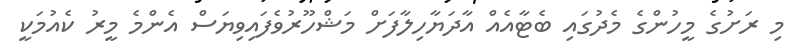
މި ރަށުގެ މީހުންގެ މެދުގައި ބެޓާއެއް އާދަޔާހިލާފަށް މަޝްހޫރުވެފައިވިޔަސް އެންމެ މީރު ކެއުމަކީ